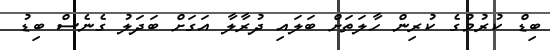
ބިޑް ކުރުމުގެ ކުރިން ހާލަތަށް ބަލައި ދުރާލާ އަގަށް ބަދަލު ގެނެސް ބިޑު